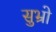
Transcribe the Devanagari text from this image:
सुभ्रो